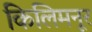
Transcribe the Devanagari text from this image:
किलिमनूर